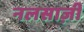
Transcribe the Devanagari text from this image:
नलसाज़ी